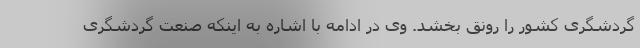
گردشگری کشور را رونق بخشد. وی در ادامه با اشاره به اینکه صنعت گردشگری